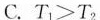
C.$$T _ { 1 } > T _ { 2 }$$